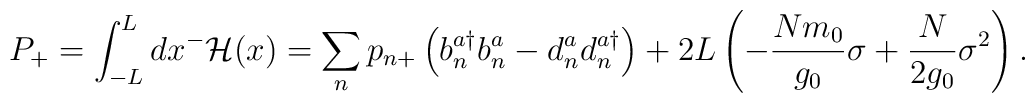
P_+=\int_{-L}^Ldx^- {\cal H}(x)=\sum_n p_{n+}\left(b_n^{a\dagger}b_n^a-d_n^a d_n^{a\dagger}\right)+ 2L \left(-{Nm_0 \over g_0}\sigma+{N \over 2g_0}\sigma^2\right).